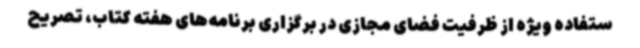
ستفاده ویژه از ظرفیت فضای مجازی در برگزاری برنامه‌های هفته کتاب، تصریح